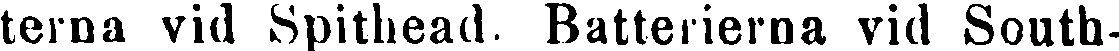
terna vid Spithead. Batterierna vid South-